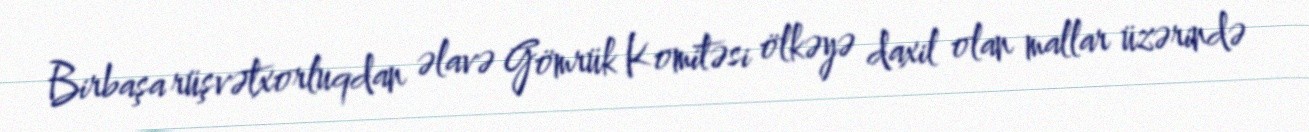
Birbaşa rüşvətxorluqdan əlavə Gömrük Komitəsi ölkəyə daxil olan mallar üzərində